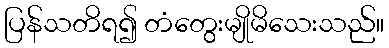
ပြန်သတိရ၍ တံတွေးမျိုမိသေးသည်။